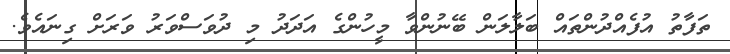
ތަފާތު އުފެއްދުންތައް ބަލާލަން ބޭނުންވާ މީހުންގެ އަދަދު މި ދުވަސްވަރު ވަރަށް ގިނައެވެ.